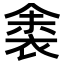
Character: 𬡛